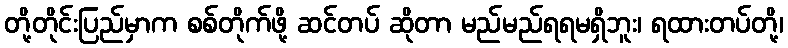
တို့တိုင်းပြည်မှာက စစ်တိုက်ဖို့ ဆင်တပ် ဆိုတာ မည်မည်ရရမရှိဘူး၊ ရထားတပ်တို့၊